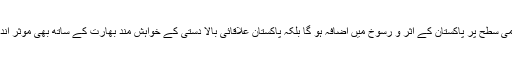
اس سے نہ صرف عالمی سطح پر پاکستان کے اثر و رسوخ میں اضافہ ہو گا بلکہ پاکستان علاقائی بالا دستی کے خواہش مند بھارت کے ساتھ بھی موثر انداز سے نمٹ سکے گا۔